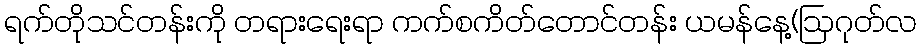
ရက်တိုသင်တန်းကို တရားရေးရာ ကက်စကိတ်တောင်တန်း ယမန်နေ့(ဩဂုတ်လ